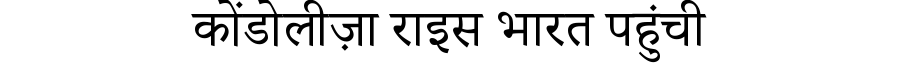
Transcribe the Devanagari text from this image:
कोंडोलीज़ा राइस भारत पहुंची